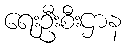
ရေးဦးစီးဌာန